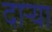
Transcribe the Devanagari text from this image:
दार्‍या